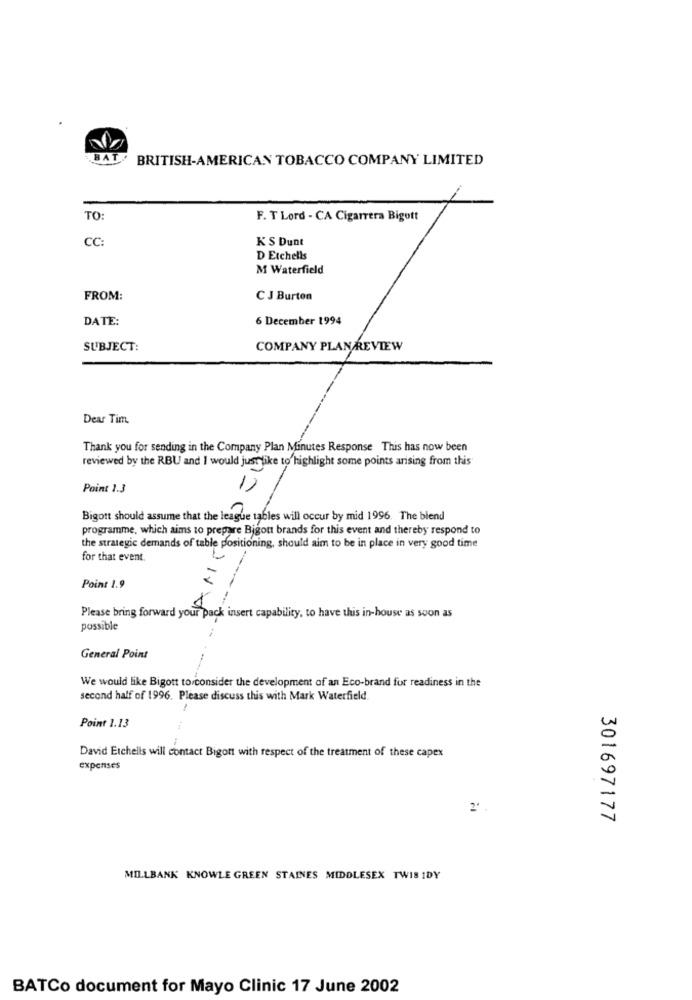
BAT
BRITISH-AMERICAN TOBACCO COMPANY LIMITED
TO:
F. T Lord - CA Cigarrera Bigott
CC:
KS Dunt
D Etchells
M Waterfield
FROM:
C J Burton
DATE:
6 December 1994
SUBJECT:
COMPANY PLAN REVIEW
Dear Tim.
Thank you for sending in the Company Plan Minutes Response This has now been
reviewed by the RBU and I would just like to highlight some points arising from this
Point 1.3
Bigott should assume that the league tables will occur by mid 1996. The blend
programme, which aims to prepare Bigott brands for this event and thereby respond to
the strategic demands of table positioning, should aim to be in place in very good time
for that event.
Point 1.9
Please bring forward your pack insert capability, to have this in-house as soon as
possible
General Point
We would like Bigott to consider the development of an Eco-brand fur readiness in the
second half of 1996. Please discuss this with Mark Waterfield
1
Point 1.13
David Etchells will contact Bigont with respect of the treatment of these capex
expenses
2'.
301697177
MILLBANK KNOWLE GREEN STAINES MIDDLESEX TWIS IDY
BATCo document for Mayo Clinic 17 June 2002